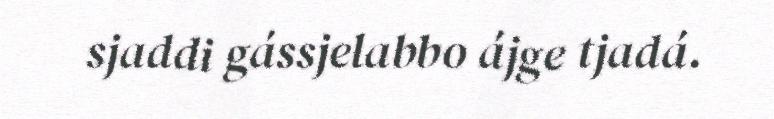
sjaddi gássjelabbo ájge tjadá.